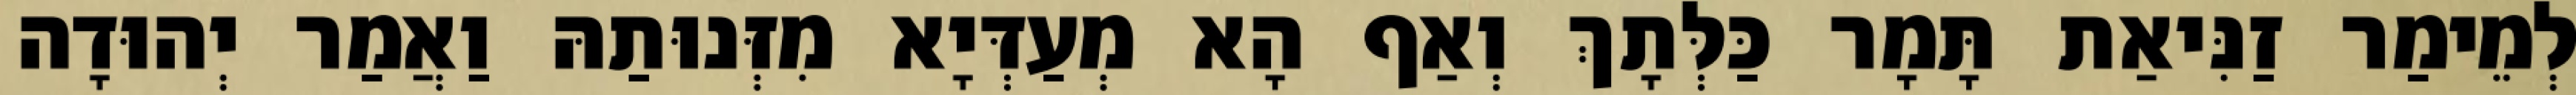
לְמֵימַר זַנִּיאַת תָּמָר כַּלְּתָךְ וְאַף הָא מְעַדְּיָא מִזְּנוּתַהּ וַאֲמַר יְהוּדָה